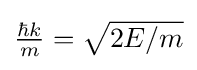
{\textstyle {\frac {\hbar k}{m}}={\sqrt {2E/m}}}